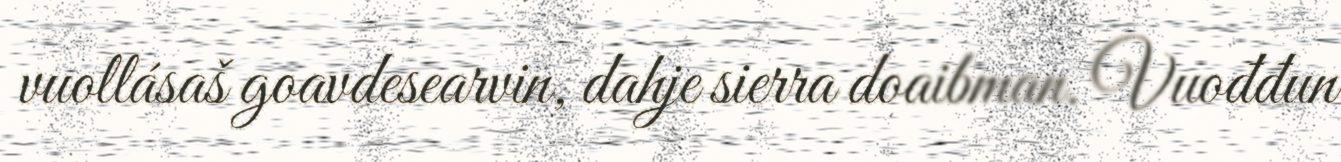
vuollásaš goavdesearvin, dahje sierra doaibman. Vuođđun